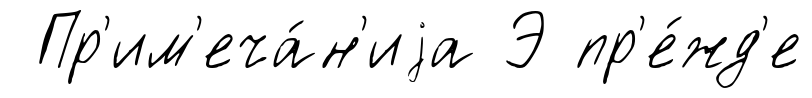
Пр'им'еча́н'иjа Э пр'е́жд'е